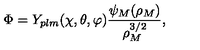
\Phi = Y _ { p l m } ( \chi , \theta , \varphi ) \frac { \psi _ { M } ( \rho _ { M } ) } { \rho _ { M } ^ { 3 / 2 } } ,